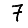
Digit: 7